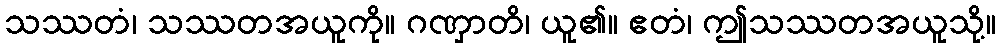
သဿတံ၊ သဿတအယူကို။ ဂဏှာတိ၊ ယူ၏။ ဧတံ၊ ဤသဿတအယူသို့။